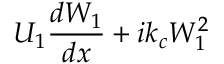
U _ { 1 } \frac { d W _ { 1 } } { d x } + i k _ { c } W _ { 1 } ^ { 2 }